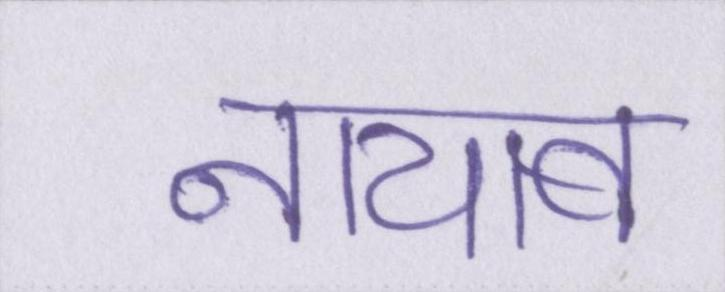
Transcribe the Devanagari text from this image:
नायाब